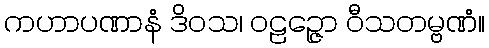
ကဟာပဏာနံ ဒိဝသ၊ ဝဠဉ္ဇော ဝီသတမ္ဗဏံ။